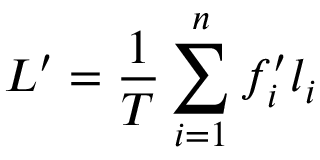
L ^ { \prime } = \frac { 1 } { T } \sum _ { i = 1 } ^ { n } f _ { i } ^ { \prime } l _ { i }